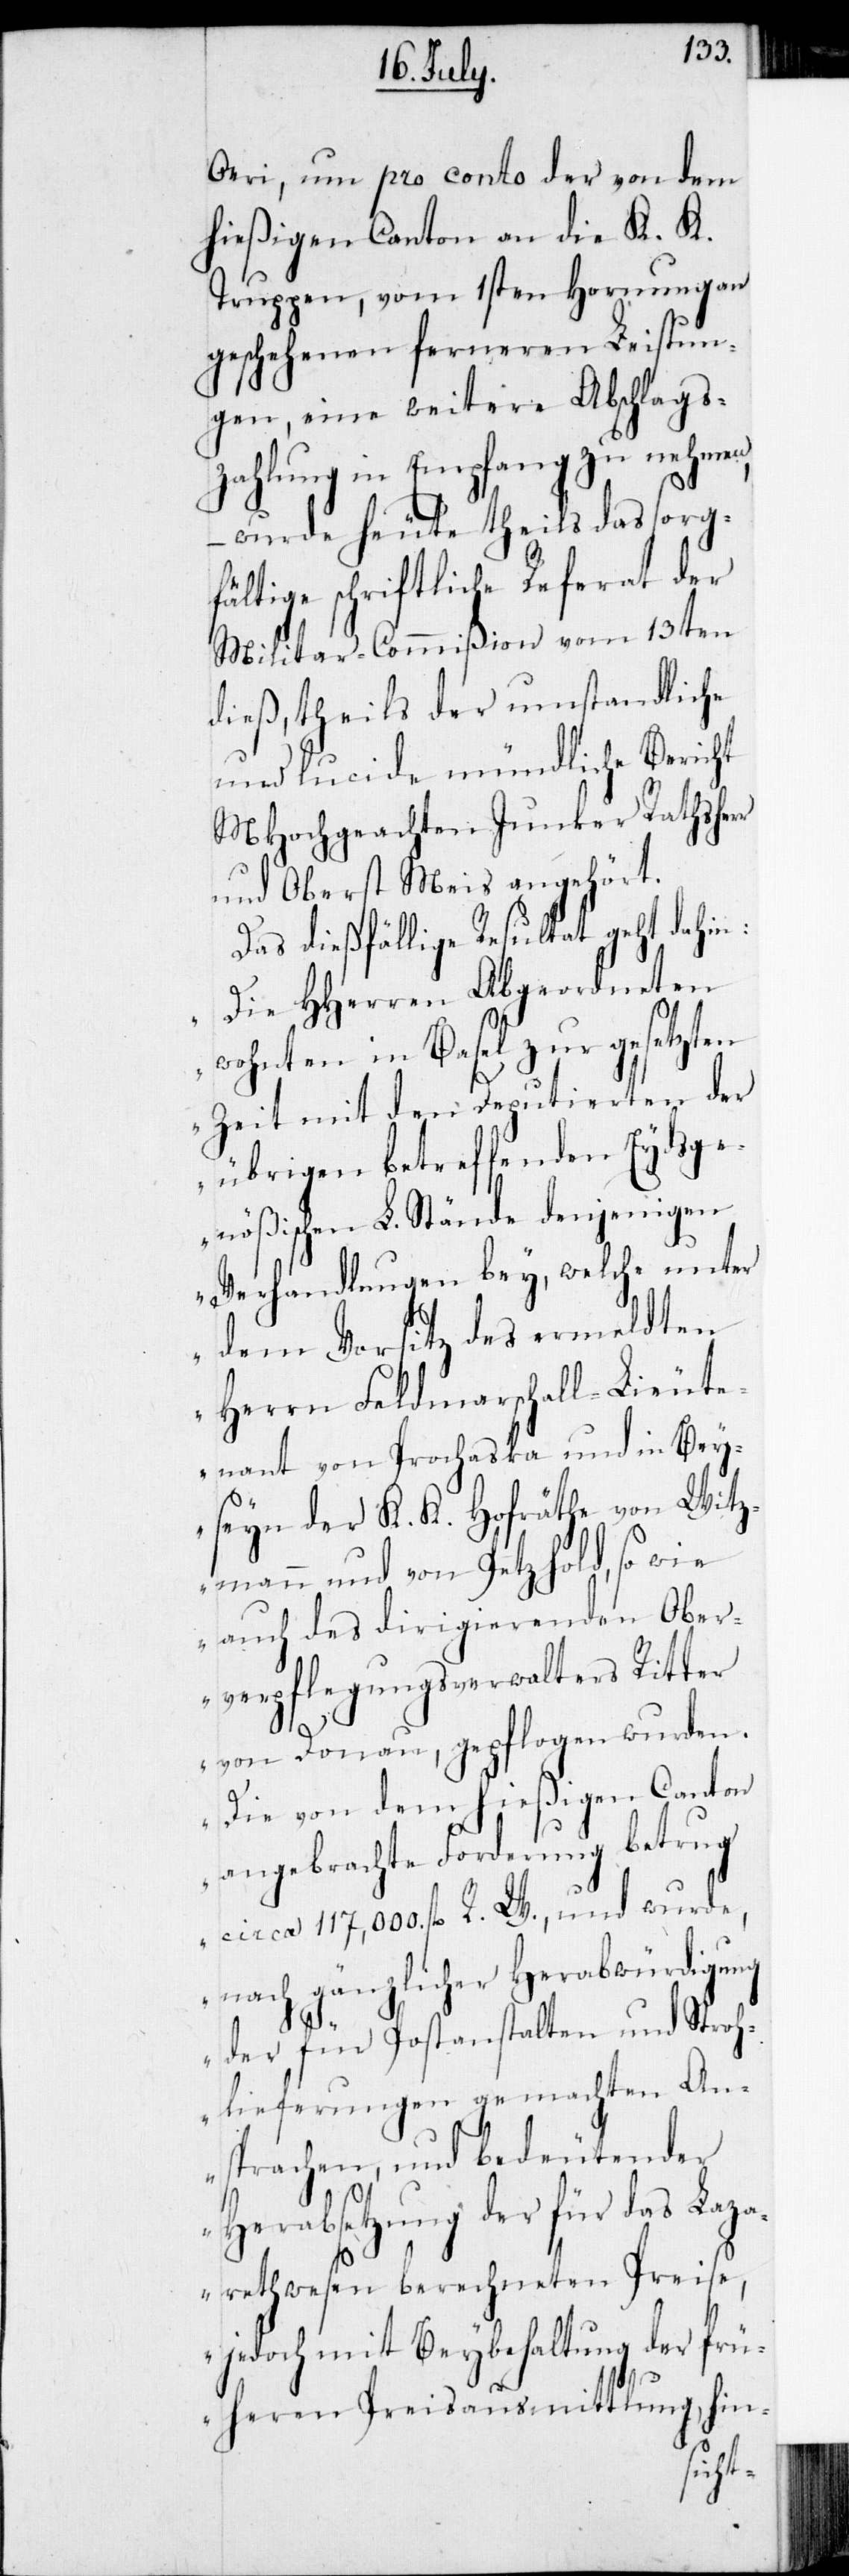
Oeri, um pro conto der von dem
hießigen Canton an die K. K.
Truppen, vom 1sten Hornung an
geschehenen ferneren Leistun¬
gen, eine weitere Abschlags¬
zahlung in Empfang zu nehmen,
– wurde heute theils das sorg¬
fältige schriftliche Referat der
Militar-Commißion vom 13ten
dieß, theils der umstandliche
und lucide mündliche Bericht
MHochgeachten Junker Rathsherr
und Oberst Meis angehört.
Das dießfällige Resultat geht dahin:
„Die HHerren Abgeordneten
wohnten in Basel zur gesetzten
Zeit mit den Deputierten der
übrigen betreffenden Eydsge¬
nößischen L. Stände denjenigen
Verhandlungen bey, welche unter
dem Vorsitz des ermeldten
Herrn Feldmarschall-Lieut¬
enant von Prochaska und in Bey¬
seyn der K. K. Hofräthe von Witz¬
mann und von Petzhold, so wie
auch des dirigierenden Ober¬
verpflegungsverwalters Ritter
von Donau, gepflogen wurden.
Die von dem hießigen Canton
angebrachte Forderung betrug
circa 117,000. fl. R. W., und wurde
nach gänzlicher Herabwürdigung
der für Postanstalten und Stroh¬
lieferungen gemachten An¬
sprachen, und bedeutender
Herabsetzung der für das Laza¬
rethwesen berechneten Preise,
jedoch mit Beybehaltung der frü¬
heren Preisausmittlung, hin-